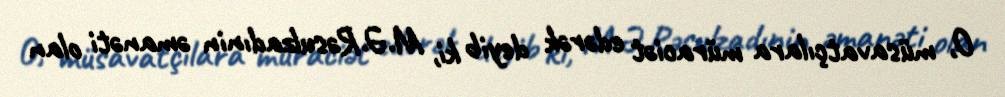
O, müsavatçılara müraciət edərək deyib ki, M.Ə.Rəsulzadınin əmanəti olan